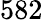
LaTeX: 582